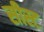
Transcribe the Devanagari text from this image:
सीस्ट